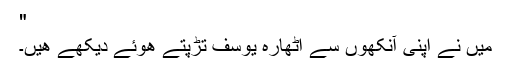
"
میں نے اپنی آنکھوں سے اٹھارہ یوسف تڑپتے ھوئے دیکھے ھیں۔